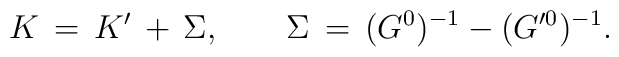
K\,=\,K'\,+\,\Sigma,\qquad\Sigma\,=\,(G^0)^{-1}-(G'^0)^{-1}.